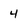
Character: 4